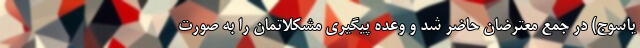
یاسوج) در جمع معترضان حاضر شد و وعده پیگیری مشکلاتمان را به صورت